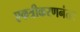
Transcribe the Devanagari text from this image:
एकत्रीकरणनंतर